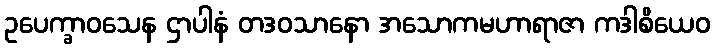
ဥပေက္ခာဝသေန ဌာပါနံ တဒဝသာနော အသောကမဟာရာဇာ ကဒါစိယေဝ